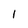
Character: I